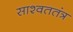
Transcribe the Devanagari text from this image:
साश्वततंत्र